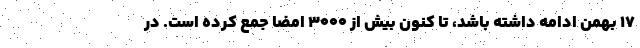
۱۷ بهمن ادامه داشته باشد، تا کنون بیش از ۳۰۰۰ امضا جمع کرده است. در